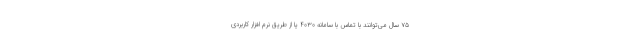
۷۵ سال می‌توانند با تماس با سامانه ۴۰۳۰ یا از طریق نرم افزار کاربردی